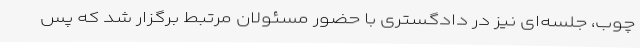
چوب، جلسه‌ای نیز در دادگستری با حضور مسئولان مرتبط برگزار شد که پس